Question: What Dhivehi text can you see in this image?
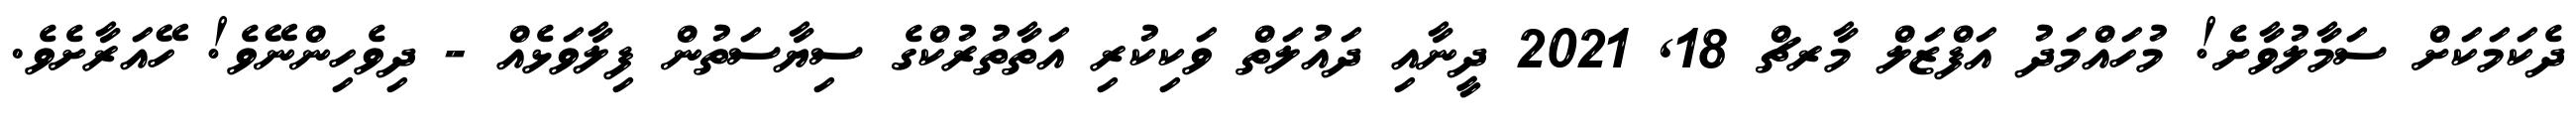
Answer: ދެކަމަކަށް ސަމާލުވާށެ! މުހައްމަދު އަފްޒަލް މާރޗް 18, 2021 ދީނާއި ދައުލަތް ވަކިކުރި އަތާތުރުކްގެ ސިޔާސަތުން ފިލާވަޅެއް - ދިވެހިންނޭވެ! ހޭއަރާށެވެ.